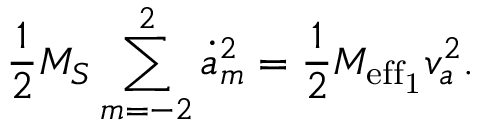
\frac 1 2 { M _ { S } } \sum _ { m = - 2 } ^ { 2 } \dot { a } _ { m } ^ { 2 } = \frac 1 2 M _ { \mathrm { e f f _ { 1 } } } v _ { a } ^ { 2 } .